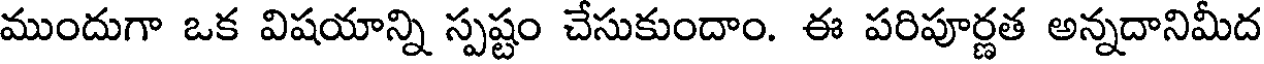
ముందుగా ఒక విషయాన్ని స్పష్టం చేసుకుందాం. ఈ పరిపూర్ణత అన్నదానిమీద